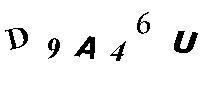
D9A46U